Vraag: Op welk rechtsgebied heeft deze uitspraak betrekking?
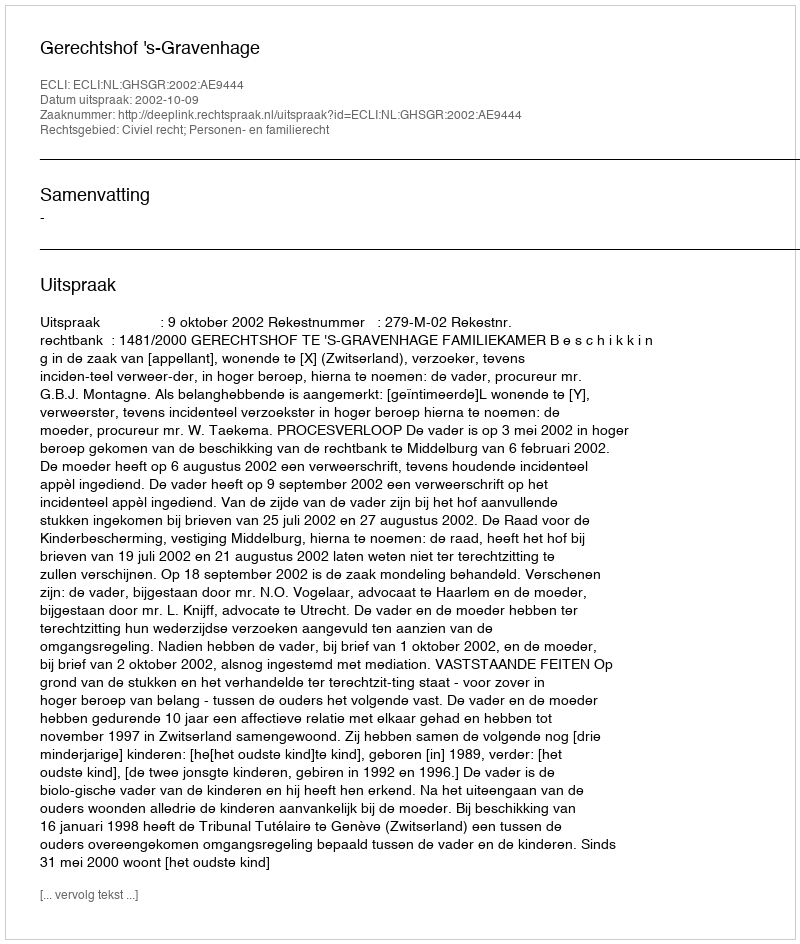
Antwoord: Civiel recht; Personen- en familierecht